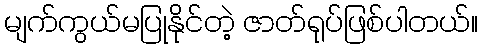
မျက်ကွယ်မပြုနိုင်တဲ့ ဇာတ်ရုပ်ဖြစ်ပါတယ်။